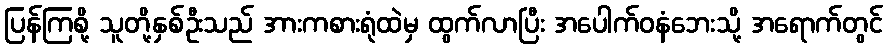
ပြန်ကြစို့ သူတို့နှစ်ဦးသည် အားကစားရုံထဲမှ ထွက်လာပြီး အပေါက်ဝနံဘေးသို့ အရောက်တွင်